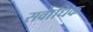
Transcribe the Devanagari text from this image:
सवा॑धिक